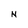
Character: N